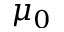
\mu _ { 0 }